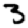
Digit: 3